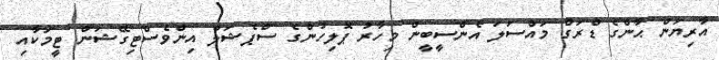
އާރިޔަން ޙާންގެ ޑްރަގް މައްސަލަ އެންސީބީން މިހާރު ޕޮލިހުންގެ ސްޕެޝަލް އިންވެސްޓިގޭޝަން ޓީމަކާއި